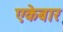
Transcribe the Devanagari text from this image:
एकेबार